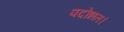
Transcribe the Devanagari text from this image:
पदोन्नत।